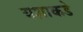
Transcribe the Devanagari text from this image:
यशाकडे